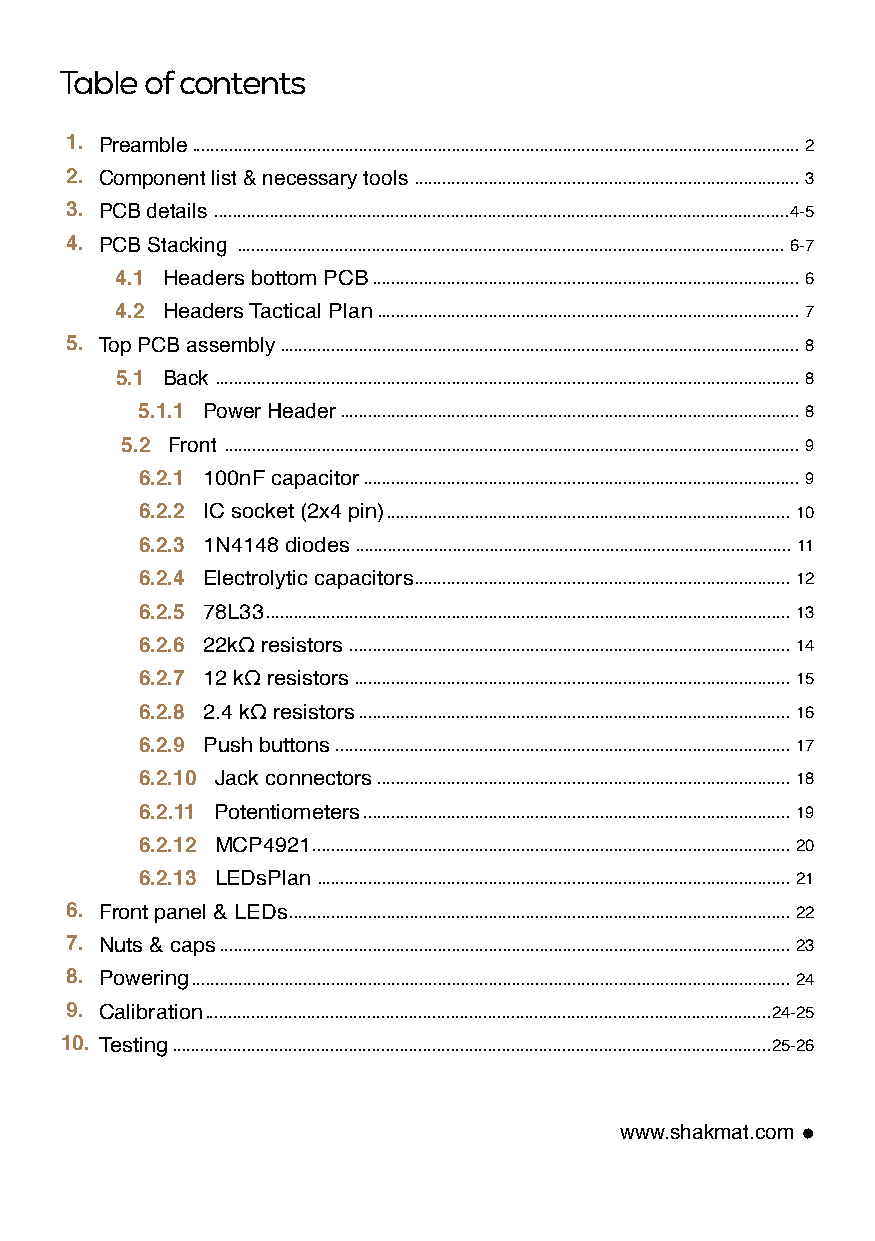
Table of contents
 1. Preamble................................................................................................................................... 2
 2. Component list & necessary tools ................................................................................... 3
 3. PCB details ............................................................................................................................4-5
 4. PCB Stacking ...................................................................................................................... 6-7
 4.1 Headers bottom PCB ............................................................................................ 6
 4.2 Headers Tactical Plan........................................................................................... 7
 5. Top PCB assembly................................................................................................................ 8
 5.1 Back .............................................................................................................................. 8
 5.1.1 Power Header................................................................................................... 8
 5.2 Front ............................................................................................................................ 9
 6.2.1 100nF capacitor.............................................................................................. 9
 6.2.2 IC socket (2x4 pin)....................................................................................... 10
 6.2.3 1N4148 diodes .............................................................................................. 11
 6.2.4 Electrolytic capacitors................................................................................. 12
 6.2.5 78L33 ................................................................................................................. 13
 6.2.6 22kΩ resistors ............................................................................................... 14
 6.2.7 12 kΩ resistors.............................................................................................. 15
 6.2.8 2.4 kΩ resistors ............................................................................................. 16
 6.2.9 Push buttons .................................................................................................. 17
 6.2.10 Jack connectors ......................................................................................... 18
 6.2.11 Potentiometers ............................................................................................ 19
 6.2.12 MCP4921 ....................................................................................................... 20
 6.2.13 LEDsPlan ...................................................................................................... 21
 6. Front panel & LEDs ............................................................................................................ 22
 7. Nuts & caps ........................................................................................................................... 23
 8. Powering ................................................................................................................................. 24
 9. Calibration..........................................................................................................................24-25
 10. Testing.................................................................................................................................25-26
 www.shakmat.com •